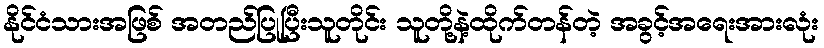
နိုင်ငံသားအဖြစ် အတည်ပြုပြီးသူတိုင်း သူတို့နဲ့ထိုက်တန်တဲ့ အခွင့်အရေးအားလုံး